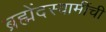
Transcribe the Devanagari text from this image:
ब्रह्मेंदस्वामींची